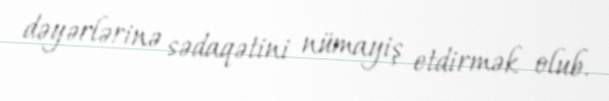
dəyərlərinə sədaqətini nümayiş etdirmək olub.